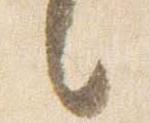
言